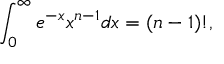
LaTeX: \int _ { 0 } ^ { \infty } e ^ { - x } x ^ { n - 1 } d x = ( n - 1 ) ! ,